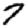
Digit: 7